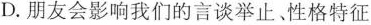
D.朋友会影响我们的言谈举止。性格特征